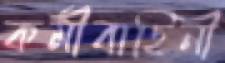
কর্মীবাহিনী